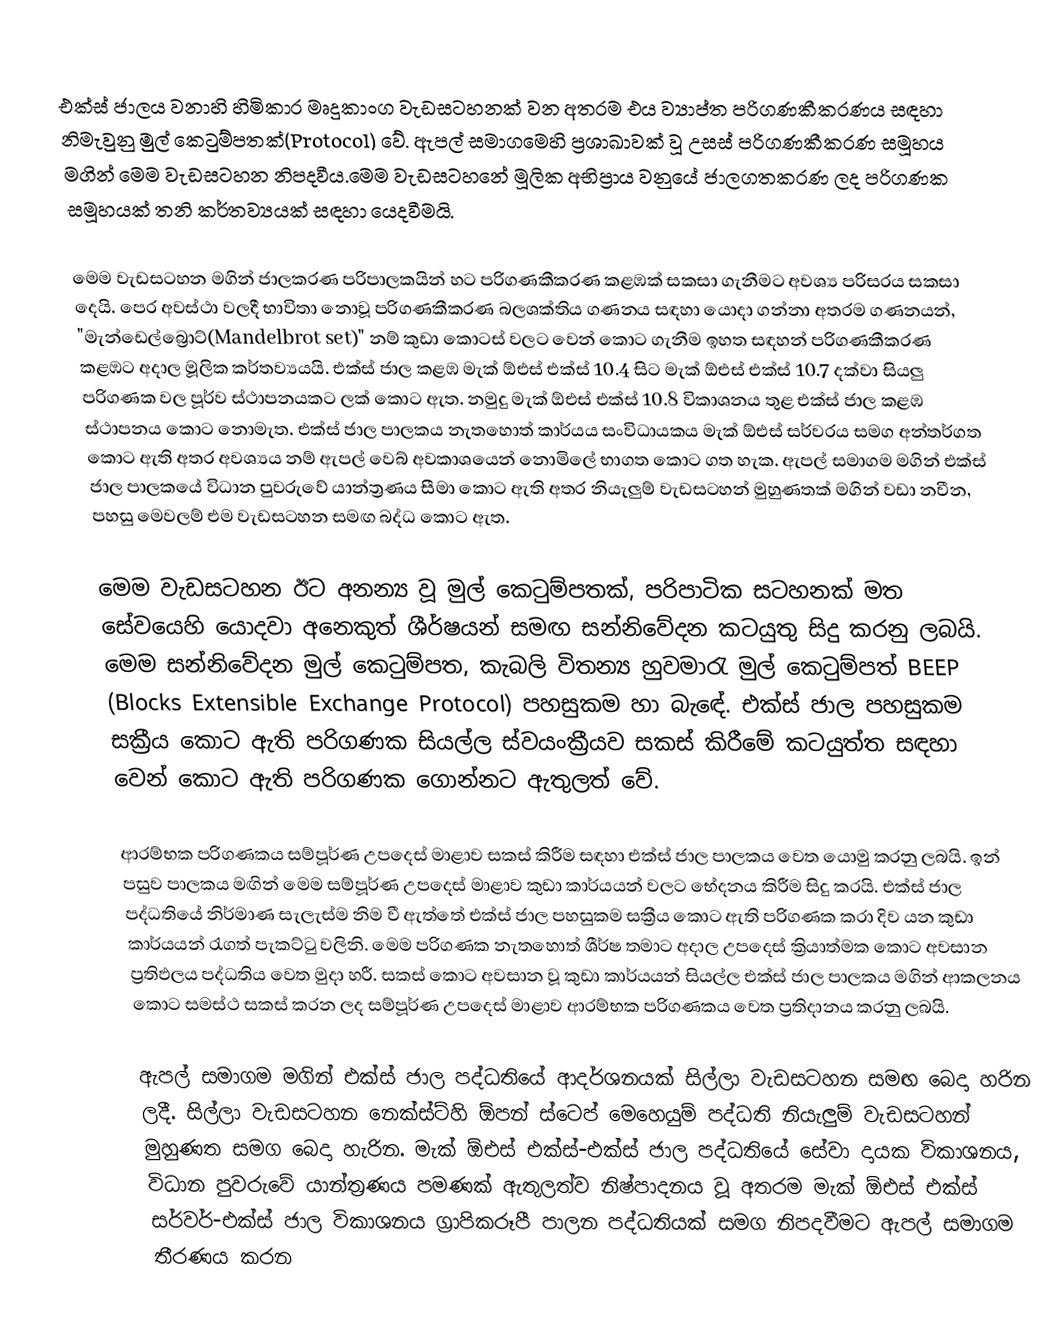
එක්ස් ජාලය වනාහි හිමිකාර මෘදුකාංග වැඩසටහනක් වන අතරම එය ව්‍යාප්ත පරිගණකීකරණය සඳහා නිමැවුනු මුල් කෙටුම්පතක්(Protocol) වේ. ඇපල් සමාගමෙහි ප්‍රශාඛාවක් වූ උසස් පරිගණකීකරණ සමූහය මගින් මෙම වැඩසටහන නිපදවීය.මෙම වැඩසටහනේ මූලික අභිප්‍රාය වනුයේ ජාලගතකරණ ලද පරිගණක සමූහයක් තනි කර්තව්‍යයක් සඳහා යෙදවීමයි.

මෙම වැඩසටහන මගින් ජාලකරණ පරිපාලකයින් හට පරිගණකීකරණ කළඹක් සකසා ගැනීමට අවශ්‍ය පරිසරය සකසා දෙයි. පෙර අවස්ථා වලදී භාවිතා නොවූ පරිගණකීකරණ බලශක්තිය ගණනය සඳහා යොදා ගන්නා අතරම ගණනයන්, "මැන්ඩෙල්බ්‍රොට්(Mandelbrot set)" නම් කුඩා කොටස් වලට වෙන් කොට ගැනීම ඉහත සඳහන් පරිගණකීකරණ කළ‍ඹට අදාල මූලික කර්තව්‍යයයි. එක්ස් ජාල කළඹ මැක් ඕඑස් එක්ස් 10.4 සිට මැක් ඕඑස් එක්ස් 10.7 දක්වා සියලු පරිගණක වල පූර්ව ස්ථාපනයකට ලක් කොට ඇත. නමුදු මැක් ඕඑස් එක්ස් 10.8 විකාශනය තුළ එක්ස් ජාල කළඹ ස්ථාපනය කොට නොමැත. එක්ස් ජාල පාලකය නැතහොත් කාර්යය සංවිධායකය මැක් ඕඑස් සර්වරය සමග අන්තර්ගත කොට ඇති අතර අවශ්‍යය නම් ඇපල් වෙබ් අවකාශයෙන් නොමිලේ භාගත කොට ගත හැක. ඇපල් සමාගම මගින් එක්ස් ජාල පාලක‍යේ විධාන පුවරුවේ යාන්ත්‍රණය සීමා කොට ඇති අතර නියැලුම් වැඩසටහන් මුහුණතක් මගින් වඩා නවීන, පහසු මෙවලම් එම වැඩසටහන සමඟ බද්ධ කොට ඇත.

මෙම වැඩසටහන ඊට අනන්‍ය වූ මුල් කෙටුම්පතක්, පරිපාටික සටහනක් මත සේවයෙහි යොදවා අනෙකුත් ශීර්ෂයන් සමඟ සන්නිවේදන කටයුතු සිදු කරනු ලබයි. මෙම සන්නිවේදන මුල් කෙටුම්පත, කැබලි විතන්‍ය හුවමාරැ මුල් කෙටුම්පත් BEEP (Blocks Extensible Exchange Protocol) පහසුකම හා බැ‍ඳේ. එක්ස් ජාල පහසුකම සක්‍රීය කොට ඇති පරිගණක සියල්ල ස්වයංක්‍රීයව සකස් කිරීමේ කටයුත්ත සඳහා වෙන් කොට ඇති පරිගණක ගොන්නට ඇතුලත් වේ.

ආරම්භක පරිගණකය සම්පූර්ණ උපදෙස් මාළාව සකස් කිරීම සඳහා එක්ස් ජාල පාලක‍ය වෙත යොමු කරනු ලබයි. ඉන් පසුව පාලක‍ය මඟින් මෙම සම්පූර්ණ උපදෙස් මාළාව කුඩා කාර්යයන් වලට භේදනය කිරීම සිදු කරයි. එක්ස් ජාල පද්ධතියේ නිර්මාණ සැලැස්ම නිම වී ඇත්තේ එක්ස් ජාල පහසුකම සක්‍රීය කොට ඇති පරිගණක කරා දිව යන කුඩා කාර්යයන් රැගත් පැකට්ටු වලිනි. මෙම පරිගණක නැතහොත් ශීර්ෂ තමාට අදාල උපදෙස් ක්‍රියාත්මක කොට අවසාන ප්‍රතිඵලය පද්ධතිය වෙත මුදා හරී. සකස් කොට අවසාන වූ කුඩා කාර්යයන් සියල්ල එක්ස් ජාල පාලක‍ය මගින් ආකලනය කොට සමස්ථ සකස් කරන ලද සම්පූර්ණ උපදෙස් මාළාව ආරම්භක පරිගණකය වෙත ප්‍රතිදානය කරනු ලබයි.

ඇපල් සමාගම මගින් එක්ස් ජාල පද්ධතියේ ආදර්ශනයක් සිල්ලා වැඩසටහන සමඟ බෙදා හරින ලදී. සිල්ලා වැඩසටහන නෙක්ස්ට්හි ඕපන් ස්ටෙප් මෙහෙයුම් පද්ධති නියැලුම් වැඩසටහන් මුහුණත සමග බෙදා හැරින. මැක් ඕඑස් එක්ස්-එක්ස් ජාල පද්ධතියේ සේවා දායක විකාශනය, විධාන පුවරුවේ යාන්ත්‍රණය පමණක් ඇතුලත්ව නිෂ්පාදනය වූ අතරම මැක් ඕඑස් එක්ස් සර්වර්-එක්ස් ජාල විකාශනය ග්‍රාපිකරූපී පාලන පද්ධතියක් සමග නිපදවීමට ඇපල් සමාග‍ම තීර‍ණය කරන